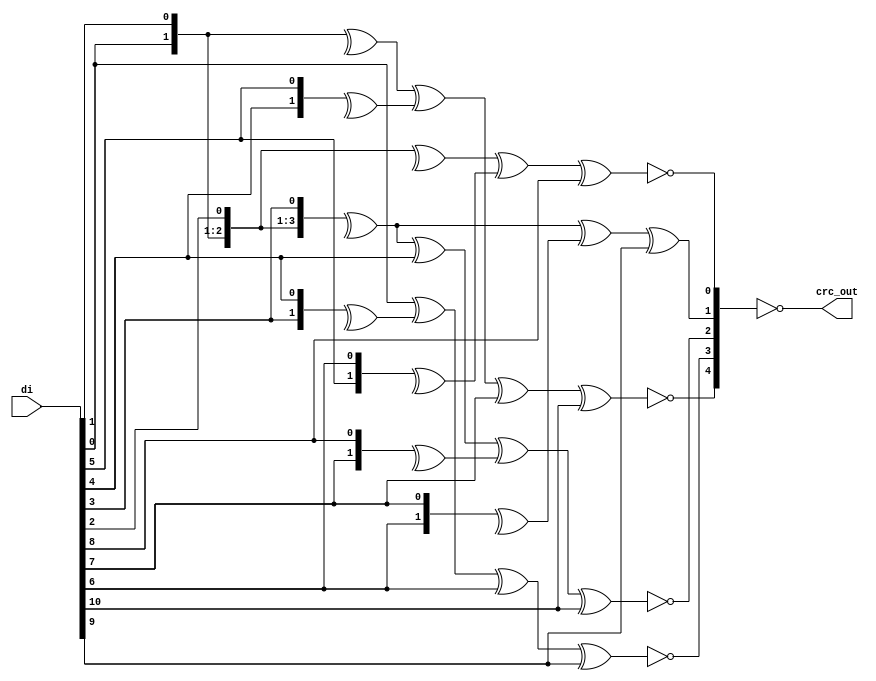

//
// usb 3.0 crc assortment
//
// Copyright (C) 2009 OutputLogic.com
// Reformatting / adaptation by Marshall H., 2013
// This source file may be used and distributed without restriction
// provided that this copyright statement is not removed from the file
// and that any derivative work contains the original copyright notice
// and the associated disclaimer.
//
// THIS SOURCE FILE IS PROVIDED "AS IS" AND WITHOUT ANY EXPRESS
// OR IMPLIED WARRANTIES, INCLUDING, WITHOUT LIMITATION, THE IMPLIED
// WARRANTIES OF MERCHANTIBILITY AND FITNESS FOR A PARTICULAR PURPOSE.
// 


//
// CRC-5 for Command Words, Link Control Word
//
module usb3_crc_cw(

input 	wire	[10:0] 	di,
output 	wire	[4:0] 	crc_out

);

// reverse input
wire	[10:0]	d = { 	di[0], di[1], di[2], di[3], di[4], 
						di[5], di[6], di[7], di[8], di[9], 
						di[10] };
wire	[4:0]	c = 5'h1F;						
wire	[4:0]	q = {	^d[10:9] ^ ^d[6:5] ^ d[3] ^ d[0] ^ c[0] ^ ^c[4:3],
						d[10] ^ ^d[7:6] ^ d[4] ^ d[1] ^ ^c[1:0] ^ c[4],
						^d[10:7] ^ d[6] ^ ^d[3:2] ^ d[0] ^ ^c[4:0],
						^d[10:7] ^^ d[4:3] ^ d[1] ^ ^c[4:1],
						^d[10:8] ^ ^d[5:4] ^ d[2] ^ ^c[4:2]	};
assign	crc_out = ~q;
	
endmodule



//
// CRC-16 for Header Packets
//
module usb3_crc_hp(

input	wire	[31:0] 	di,
input	wire			crc_en,
output	wire	[15:0] 	crc_out,
input	wire			rst,
input	wire			clk

);

reg [15:0]	q;
wire [15:0]	c;
wire [31:0] d = {	di[0 ],di[1 ],di[2 ],di[3 ],di[4 ],di[5 ],di[6 ],di[7],
					di[8 ],di[9 ],di[10],di[11],di[12],di[13],di[14],di[15],
					di[16],di[17],di[18],di[19],di[20],di[21],di[22],di[23],
					di[24],di[25],di[26],di[27],di[28],di[29],di[30],di[31]};
assign crc_out = ~{	q[0], q[1], q[2], q[3], q[4], q[5], q[6], q[7], 
					q[8], q[9], q[10],q[11],q[12],q[13],q[14],q[15]};

assign	c[0] = q[4] ^ q[5] ^ q[7] ^ q[10] ^ q[12] ^ q[13] ^ q[15] ^ d[0] ^ d[4] ^ d[8] ^ d[12] ^ d[13] ^ d[15] ^ d[20] ^ d[21] ^ d[23] ^ d[26] ^ d[28] ^ d[29] ^ d[31];
assign	c[1] = q[0] ^ q[4] ^ q[6] ^ q[7] ^ q[8] ^ q[10] ^ q[11] ^ q[12] ^ q[14] ^ q[15] ^ d[0] ^ d[1] ^ d[4] ^ d[5] ^ d[8] ^ d[9] ^ d[12] ^ d[14] ^ d[15] ^ d[16] ^ d[20] ^ d[22] ^ d[23] ^ d[24] ^ d[26] ^ d[27] ^ d[28] ^ d[30] ^ d[31];
assign	c[2] = q[0] ^ q[1] ^ q[5] ^ q[7] ^ q[8] ^ q[9] ^ q[11] ^ q[12] ^ q[13] ^ q[15] ^ d[1] ^ d[2] ^ d[5] ^ d[6] ^ d[9] ^ d[10] ^ d[13] ^ d[15] ^ d[16] ^ d[17] ^ d[21] ^ d[23] ^ d[24] ^ d[25] ^ d[27] ^ d[28] ^ d[29] ^ d[31];
assign	c[3] = q[0] ^ q[1] ^ q[2] ^ q[4] ^ q[5] ^ q[6] ^ q[7] ^ q[8] ^ q[9] ^ q[14] ^ q[15] ^ d[0] ^ d[2] ^ d[3] ^ d[4] ^ d[6] ^ d[7] ^ d[8] ^ d[10] ^ d[11] ^ d[12] ^ d[13] ^ d[14] ^ d[15] ^ d[16] ^ d[17] ^ d[18] ^ d[20] ^ d[21] ^ d[22] ^ d[23] ^ d[24] ^ d[25] ^ d[30] ^ d[31];
assign	c[4] = q[0] ^ q[1] ^ q[2] ^ q[3] ^ q[5] ^ q[6] ^ q[7] ^ q[8] ^ q[9] ^ q[10] ^ q[15] ^ d[1] ^ d[3] ^ d[4] ^ d[5] ^ d[7] ^ d[8] ^ d[9] ^ d[11] ^ d[12] ^ d[13] ^ d[14] ^ d[15] ^ d[16] ^ d[17] ^ d[18] ^ d[19] ^ d[21] ^ d[22] ^ d[23] ^ d[24] ^ d[25] ^ d[26] ^ d[31];
assign	c[5] = q[0] ^ q[1] ^ q[2] ^ q[3] ^ q[4] ^ q[6] ^ q[7] ^ q[8] ^ q[9] ^ q[10] ^ q[11] ^ d[2] ^ d[4] ^ d[5] ^ d[6] ^ d[8] ^ d[9] ^ d[10] ^ d[12] ^ d[13] ^ d[14] ^ d[15] ^ d[16] ^ d[17] ^ d[18] ^ d[19] ^ d[20] ^ d[22] ^ d[23] ^ d[24] ^ d[25] ^ d[26] ^ d[27];
assign	c[6] = q[0] ^ q[1] ^ q[2] ^ q[3] ^ q[4] ^ q[5] ^ q[7] ^ q[8] ^ q[9] ^ q[10] ^ q[11] ^ q[12] ^ d[3] ^ d[5] ^ d[6] ^ d[7] ^ d[9] ^ d[10] ^ d[11] ^ d[13] ^ d[14] ^ d[15] ^ d[16] ^ d[17] ^ d[18] ^ d[19] ^ d[20] ^ d[21] ^ d[23] ^ d[24] ^ d[25] ^ d[26] ^ d[27] ^ d[28];
assign	c[7] = q[0] ^ q[1] ^ q[2] ^ q[3] ^ q[4] ^ q[5] ^ q[6] ^ q[8] ^ q[9] ^ q[10] ^ q[11] ^ q[12] ^ q[13] ^ d[4] ^ d[6] ^ d[7] ^ d[8] ^ d[10] ^ d[11] ^ d[12] ^ d[14] ^ d[15] ^ d[16] ^ d[17] ^ d[18] ^ d[19] ^ d[20] ^ d[21] ^ d[22] ^ d[24] ^ d[25] ^ d[26] ^ d[27] ^ d[28] ^ d[29];
assign	c[8] = q[0] ^ q[1] ^ q[2] ^ q[3] ^ q[4] ^ q[5] ^ q[6] ^ q[7] ^ q[9] ^ q[10] ^ q[11] ^ q[12] ^ q[13] ^ q[14] ^ d[5] ^ d[7] ^ d[8] ^ d[9] ^ d[11] ^ d[12] ^ d[13] ^ d[15] ^ d[16] ^ d[17] ^ d[18] ^ d[19] ^ d[20] ^ d[21] ^ d[22] ^ d[23] ^ d[25] ^ d[26] ^ d[27] ^ d[28] ^ d[29] ^ d[30];
assign	c[9] = q[0] ^ q[1] ^ q[2] ^ q[3] ^ q[4] ^ q[5] ^ q[6] ^ q[7] ^ q[8] ^ q[10] ^ q[11] ^ q[12] ^ q[13] ^ q[14] ^ q[15] ^ d[6] ^ d[8] ^ d[9] ^ d[10] ^ d[12] ^ d[13] ^ d[14] ^ d[16] ^ d[17] ^ d[18] ^ d[19] ^ d[20] ^ d[21] ^ d[22] ^ d[23] ^ d[24] ^ d[26] ^ d[27] ^ d[28] ^ d[29] ^ d[30] ^ d[31];
assign	c[10] = q[1] ^ q[2] ^ q[3] ^ q[4] ^ q[5] ^ q[6] ^ q[7] ^ q[8] ^ q[9] ^ q[11] ^ q[12] ^ q[13] ^ q[14] ^ q[15] ^ d[7] ^ d[9] ^ d[10] ^ d[11] ^ d[13] ^ d[14] ^ d[15] ^ d[17] ^ d[18] ^ d[19] ^ d[20] ^ d[21] ^ d[22] ^ d[23] ^ d[24] ^ d[25] ^ d[27] ^ d[28] ^ d[29] ^ d[30] ^ d[31]; 
assign  c[11] = q[0] ^ q[2] ^ q[3] ^ q[4] ^ q[5] ^ q[6] ^ q[7] ^ q[8] ^ q[9] ^ q[10] ^ q[12] ^ q[13] ^ q[14] ^ q[15] ^ d[8] ^ d[10] ^ d[11] ^ d[12] ^ d[14] ^ d[15] ^ d[16] ^ d[18] ^ d[19] ^ d[20] ^ d[21] ^ d[22] ^ d[23] ^ d[24] ^ d[25] ^ d[26] ^ d[28] ^ d[29] ^ d[30] ^ d[31];
assign	c[12] = q[0] ^ q[1] ^ q[3] ^ q[6] ^ q[8] ^ q[9] ^ q[11] ^ q[12] ^ q[14] ^ d[0] ^ d[4] ^ d[8] ^ d[9] ^ d[11] ^ d[16] ^ d[17] ^ d[19] ^ d[22] ^ d[24] ^ d[25] ^ d[27] ^ d[28] ^ d[30];
assign	c[13] = q[1] ^ q[2] ^ q[4] ^ q[7] ^ q[9] ^ q[10] ^ q[12] ^ q[13] ^ q[15] ^ d[1] ^ d[5] ^ d[9] ^ d[10] ^ d[12] ^ d[17] ^ d[18] ^ d[20] ^ d[23] ^ d[25] ^ d[26] ^ d[28] ^ d[29] ^ d[31];
assign	c[14] = q[2] ^ q[3] ^ q[5] ^ q[8] ^ q[10] ^ q[11] ^ q[13] ^ q[14] ^ d[2] ^ d[6] ^ d[10] ^ d[11] ^ d[13] ^ d[18] ^ d[19] ^ d[21] ^ d[24] ^ d[26] ^ d[27] ^ d[29] ^ d[30];
assign	c[15] = q[3] ^ q[4] ^ q[6] ^ q[9] ^ q[11] ^ q[12] ^ q[14] ^ q[15] ^ d[3] ^ d[7] ^ d[11] ^ d[12] ^ d[14] ^ d[19] ^ d[20] ^ d[22] ^ d[25] ^ d[27] ^ d[28] ^ d[30] ^ d[31];

always @(posedge clk, posedge rst) begin
	if(rst) begin
		q <= {16{1'b1}};
	end
	else begin
		q <= crc_en ? c : q;
	end
end

endmodule



//
// CRC-32 for Data Packet Payloads
//
module usb3_crc_dpp32(

input 	wire	[31:0]	di,
output	wire	[31:0]	lfsr_q,
input 	wire			crc_en,
output	wire	[31:0]	crc_out,
input	wire			rst,
input	wire			clk

);

reg [31:0] q;

wire [31:0]	c;
wire [31:0] d = {	di[0 ],di[1 ],di[2 ],di[3 ],di[4 ],di[5 ],di[6 ],di[7],
					di[8 ],di[9 ],di[10],di[11],di[12],di[13],di[14],di[15],
					di[16],di[17],di[18],di[19],di[20],di[21],di[22],di[23],
					di[24],di[25],di[26],di[27],di[28],di[29],di[30],di[31]};
						
assign lfsr_q = q;
assign crc_out = ~{	q[0],  q[1],  q[2],  q[3],  q[4],  q[5],  q[6],  q[7], 
					q[8],  q[9],  q[10], q[11], q[12], q[13], q[14], q[15],
					q[16], q[17], q[18], q[19], q[20], q[21], q[22], q[23], 
					q[24], q[25], q[26], q[27], q[28], q[29], q[30], q[31]};

assign	c[0] = q[0] ^ q[6] ^ q[9] ^ q[10] ^ q[12] ^ q[16] ^ q[24] ^ q[25] ^ q[26] ^ q[28] ^ q[29] ^ q[30] ^ q[31] ^ d[0] ^ d[6] ^ d[9] ^ d[10] ^ d[12] ^ d[16] ^ d[24] ^ d[25] ^ d[26] ^ d[28] ^ d[29] ^ d[30] ^ d[31];
assign	c[1] = q[0] ^ q[1] ^ q[6] ^ q[7] ^ q[9] ^ q[11] ^ q[12] ^ q[13] ^ q[16] ^ q[17] ^ q[24] ^ q[27] ^ q[28] ^ d[0] ^ d[1] ^ d[6] ^ d[7] ^ d[9] ^ d[11] ^ d[12] ^ d[13] ^ d[16] ^ d[17] ^ d[24] ^ d[27] ^ d[28];
assign	c[2] = q[0] ^ q[1] ^ q[2] ^ q[6] ^ q[7] ^ q[8] ^ q[9] ^ q[13] ^ q[14] ^ q[16] ^ q[17] ^ q[18] ^ q[24] ^ q[26] ^ q[30] ^ q[31] ^ d[0] ^ d[1] ^ d[2] ^ d[6] ^ d[7] ^ d[8] ^ d[9] ^ d[13] ^ d[14] ^ d[16] ^ d[17] ^ d[18] ^ d[24] ^ d[26] ^ d[30] ^ d[31];
assign	c[3] = q[1] ^ q[2] ^ q[3] ^ q[7] ^ q[8] ^ q[9] ^ q[10] ^ q[14] ^ q[15] ^ q[17] ^ q[18] ^ q[19] ^ q[25] ^ q[27] ^ q[31] ^ d[1] ^ d[2] ^ d[3] ^ d[7] ^ d[8] ^ d[9] ^ d[10] ^ d[14] ^ d[15] ^ d[17] ^ d[18] ^ d[19] ^ d[25] ^ d[27] ^ d[31];
assign	c[4] = q[0] ^ q[2] ^ q[3] ^ q[4] ^ q[6] ^ q[8] ^ q[11] ^ q[12] ^ q[15] ^ q[18] ^ q[19] ^ q[20] ^ q[24] ^ q[25] ^ q[29] ^ q[30] ^ q[31] ^ d[0] ^ d[2] ^ d[3] ^ d[4] ^ d[6] ^ d[8] ^ d[11] ^ d[12] ^ d[15] ^ d[18] ^ d[19] ^ d[20] ^ d[24] ^ d[25] ^ d[29] ^ d[30] ^ d[31];
assign	c[5] = q[0] ^ q[1] ^ q[3] ^ q[4] ^ q[5] ^ q[6] ^ q[7] ^ q[10] ^ q[13] ^ q[19] ^ q[20] ^ q[21] ^ q[24] ^ q[28] ^ q[29] ^ d[0] ^ d[1] ^ d[3] ^ d[4] ^ d[5] ^ d[6] ^ d[7] ^ d[10] ^ d[13] ^ d[19] ^ d[20] ^ d[21] ^ d[24] ^ d[28] ^ d[29];
assign	c[6] = q[1] ^ q[2] ^ q[4] ^ q[5] ^ q[6] ^ q[7] ^ q[8] ^ q[11] ^ q[14] ^ q[20] ^ q[21] ^ q[22] ^ q[25] ^ q[29] ^ q[30] ^ d[1] ^ d[2] ^ d[4] ^ d[5] ^ d[6] ^ d[7] ^ d[8] ^ d[11] ^ d[14] ^ d[20] ^ d[21] ^ d[22] ^ d[25] ^ d[29] ^ d[30];
assign	c[7] = q[0] ^ q[2] ^ q[3] ^ q[5] ^ q[7] ^ q[8] ^ q[10] ^ q[15] ^ q[16] ^ q[21] ^ q[22] ^ q[23] ^ q[24] ^ q[25] ^ q[28] ^ q[29] ^ d[0] ^ d[2] ^ d[3] ^ d[5] ^ d[7] ^ d[8] ^ d[10] ^ d[15] ^ d[16] ^ d[21] ^ d[22] ^ d[23] ^ d[24] ^ d[25] ^ d[28] ^ d[29];
assign	c[8] = q[0] ^ q[1] ^ q[3] ^ q[4] ^ q[8] ^ q[10] ^ q[11] ^ q[12] ^ q[17] ^ q[22] ^ q[23] ^ q[28] ^ q[31] ^ d[0] ^ d[1] ^ d[3] ^ d[4] ^ d[8] ^ d[10] ^ d[11] ^ d[12] ^ d[17] ^ d[22] ^ d[23] ^ d[28] ^ d[31];
assign	c[9] = q[1] ^ q[2] ^ q[4] ^ q[5] ^ q[9] ^ q[11] ^ q[12] ^ q[13] ^ q[18] ^ q[23] ^ q[24] ^ q[29] ^ d[1] ^ d[2] ^ d[4] ^ d[5] ^ d[9] ^ d[11] ^ d[12] ^ d[13] ^ d[18] ^ d[23] ^ d[24] ^ d[29];
assign	c[10] = q[0] ^ q[2] ^ q[3] ^ q[5] ^ q[9] ^ q[13] ^ q[14] ^ q[16] ^ q[19] ^ q[26] ^ q[28] ^ q[29] ^ q[31] ^ d[0] ^ d[2] ^ d[3] ^ d[5] ^ d[9] ^ d[13] ^ d[14] ^ d[16] ^ d[19] ^ d[26] ^ d[28] ^ d[29] ^ d[31];
assign	c[11] = q[0] ^ q[1] ^ q[3] ^ q[4] ^ q[9] ^ q[12] ^ q[14] ^ q[15] ^ q[16] ^ q[17] ^ q[20] ^ q[24] ^ q[25] ^ q[26] ^ q[27] ^ q[28] ^ q[31] ^ d[0] ^ d[1] ^ d[3] ^ d[4] ^ d[9] ^ d[12] ^ d[14] ^ d[15] ^ d[16] ^ d[17] ^ d[20] ^ d[24] ^ d[25] ^ d[26] ^ d[27] ^ d[28] ^ d[31];
assign	c[12] = q[0] ^ q[1] ^ q[2] ^ q[4] ^ q[5] ^ q[6] ^ q[9] ^ q[12] ^ q[13] ^ q[15] ^ q[17] ^ q[18] ^ q[21] ^ q[24] ^ q[27] ^ q[30] ^ q[31] ^ d[0] ^ d[1] ^ d[2] ^ d[4] ^ d[5] ^ d[6] ^ d[9] ^ d[12] ^ d[13] ^ d[15] ^ d[17] ^ d[18] ^ d[21] ^ d[24] ^ d[27] ^ d[30] ^ d[31];
assign	c[13] = q[1] ^ q[2] ^ q[3] ^ q[5] ^ q[6] ^ q[7] ^ q[10] ^ q[13] ^ q[14] ^ q[16] ^ q[18] ^ q[19] ^ q[22] ^ q[25] ^ q[28] ^ q[31] ^ d[1] ^ d[2] ^ d[3] ^ d[5] ^ d[6] ^ d[7] ^ d[10] ^ d[13] ^ d[14] ^ d[16] ^ d[18] ^ d[19] ^ d[22] ^ d[25] ^ d[28] ^ d[31];
assign	c[14] = q[2] ^ q[3] ^ q[4] ^ q[6] ^ q[7] ^ q[8] ^ q[11] ^ q[14] ^ q[15] ^ q[17] ^ q[19] ^ q[20] ^ q[23] ^ q[26] ^ q[29] ^ d[2] ^ d[3] ^ d[4] ^ d[6] ^ d[7] ^ d[8] ^ d[11] ^ d[14] ^ d[15] ^ d[17] ^ d[19] ^ d[20] ^ d[23] ^ d[26] ^ d[29];
assign	c[15] = q[3] ^ q[4] ^ q[5] ^ q[7] ^ q[8] ^ q[9] ^ q[12] ^ q[15] ^ q[16] ^ q[18] ^ q[20] ^ q[21] ^ q[24] ^ q[27] ^ q[30] ^ d[3] ^ d[4] ^ d[5] ^ d[7] ^ d[8] ^ d[9] ^ d[12] ^ d[15] ^ d[16] ^ d[18] ^ d[20] ^ d[21] ^ d[24] ^ d[27] ^ d[30];
assign	c[16] = q[0] ^ q[4] ^ q[5] ^ q[8] ^ q[12] ^ q[13] ^ q[17] ^ q[19] ^ q[21] ^ q[22] ^ q[24] ^ q[26] ^ q[29] ^ q[30] ^ d[0] ^ d[4] ^ d[5] ^ d[8] ^ d[12] ^ d[13] ^ d[17] ^ d[19] ^ d[21] ^ d[22] ^ d[24] ^ d[26] ^ d[29] ^ d[30];
assign	c[17] = q[1] ^ q[5] ^ q[6] ^ q[9] ^ q[13] ^ q[14] ^ q[18] ^ q[20] ^ q[22] ^ q[23] ^ q[25] ^ q[27] ^ q[30] ^ q[31] ^ d[1] ^ d[5] ^ d[6] ^ d[9] ^ d[13] ^ d[14] ^ d[18] ^ d[20] ^ d[22] ^ d[23] ^ d[25] ^ d[27] ^ d[30] ^ d[31];
assign	c[18] = q[2] ^ q[6] ^ q[7] ^ q[10] ^ q[14] ^ q[15] ^ q[19] ^ q[21] ^ q[23] ^ q[24] ^ q[26] ^ q[28] ^ q[31] ^ d[2] ^ d[6] ^ d[7] ^ d[10] ^ d[14] ^ d[15] ^ d[19] ^ d[21] ^ d[23] ^ d[24] ^ d[26] ^ d[28] ^ d[31];
assign	c[19] = q[3] ^ q[7] ^ q[8] ^ q[11] ^ q[15] ^ q[16] ^ q[20] ^ q[22] ^ q[24] ^ q[25] ^ q[27] ^ q[29] ^ d[3] ^ d[7] ^ d[8] ^ d[11] ^ d[15] ^ d[16] ^ d[20] ^ d[22] ^ d[24] ^ d[25] ^ d[27] ^ d[29];
assign	c[20] = q[4] ^ q[8] ^ q[9] ^ q[12] ^ q[16] ^ q[17] ^ q[21] ^ q[23] ^ q[25] ^ q[26] ^ q[28] ^ q[30] ^ d[4] ^ d[8] ^ d[9] ^ d[12] ^ d[16] ^ d[17] ^ d[21] ^ d[23] ^ d[25] ^ d[26] ^ d[28] ^ d[30];
assign	c[21] = q[5] ^ q[9] ^ q[10] ^ q[13] ^ q[17] ^ q[18] ^ q[22] ^ q[24] ^ q[26] ^ q[27] ^ q[29] ^ q[31] ^ d[5] ^ d[9] ^ d[10] ^ d[13] ^ d[17] ^ d[18] ^ d[22] ^ d[24] ^ d[26] ^ d[27] ^ d[29] ^ d[31];
assign	c[22] = q[0] ^ q[9] ^ q[11] ^ q[12] ^ q[14] ^ q[16] ^ q[18] ^ q[19] ^ q[23] ^ q[24] ^ q[26] ^ q[27] ^ q[29] ^ q[31] ^ d[0] ^ d[9] ^ d[11] ^ d[12] ^ d[14] ^ d[16] ^ d[18] ^ d[19] ^ d[23] ^ d[24] ^ d[26] ^ d[27] ^ d[29] ^ d[31];
assign	c[23] = q[0] ^ q[1] ^ q[6] ^ q[9] ^ q[13] ^ q[15] ^ q[16] ^ q[17] ^ q[19] ^ q[20] ^ q[26] ^ q[27] ^ q[29] ^ q[31] ^ d[0] ^ d[1] ^ d[6] ^ d[9] ^ d[13] ^ d[15] ^ d[16] ^ d[17] ^ d[19] ^ d[20] ^ d[26] ^ d[27] ^ d[29] ^ d[31];
assign	c[24] = q[1] ^ q[2] ^ q[7] ^ q[10] ^ q[14] ^ q[16] ^ q[17] ^ q[18] ^ q[20] ^ q[21] ^ q[27] ^ q[28] ^ q[30] ^ d[1] ^ d[2] ^ d[7] ^ d[10] ^ d[14] ^ d[16] ^ d[17] ^ d[18] ^ d[20] ^ d[21] ^ d[27] ^ d[28] ^ d[30];
assign	c[25] = q[2] ^ q[3] ^ q[8] ^ q[11] ^ q[15] ^ q[17] ^ q[18] ^ q[19] ^ q[21] ^ q[22] ^ q[28] ^ q[29] ^ q[31] ^ d[2] ^ d[3] ^ d[8] ^ d[11] ^ d[15] ^ d[17] ^ d[18] ^ d[19] ^ d[21] ^ d[22] ^ d[28] ^ d[29] ^ d[31];
assign	c[26] = q[0] ^ q[3] ^ q[4] ^ q[6] ^ q[10] ^ q[18] ^ q[19] ^ q[20] ^ q[22] ^ q[23] ^ q[24] ^ q[25] ^ q[26] ^ q[28] ^ q[31] ^ d[0] ^ d[3] ^ d[4] ^ d[6] ^ d[10] ^ d[18] ^ d[19] ^ d[20] ^ d[22] ^ d[23] ^ d[24] ^ d[25] ^ d[26] ^ d[28] ^ d[31];
assign	c[27] = q[1] ^ q[4] ^ q[5] ^ q[7] ^ q[11] ^ q[19] ^ q[20] ^ q[21] ^ q[23] ^ q[24] ^ q[25] ^ q[26] ^ q[27] ^ q[29] ^ d[1] ^ d[4] ^ d[5] ^ d[7] ^ d[11] ^ d[19] ^ d[20] ^ d[21] ^ d[23] ^ d[24] ^ d[25] ^ d[26] ^ d[27] ^ d[29];
assign	c[28] = q[2] ^ q[5] ^ q[6] ^ q[8] ^ q[12] ^ q[20] ^ q[21] ^ q[22] ^ q[24] ^ q[25] ^ q[26] ^ q[27] ^ q[28] ^ q[30] ^ d[2] ^ d[5] ^ d[6] ^ d[8] ^ d[12] ^ d[20] ^ d[21] ^ d[22] ^ d[24] ^ d[25] ^ d[26] ^ d[27] ^ d[28] ^ d[30];
assign	c[29] = q[3] ^ q[6] ^ q[7] ^ q[9] ^ q[13] ^ q[21] ^ q[22] ^ q[23] ^ q[25] ^ q[26] ^ q[27] ^ q[28] ^ q[29] ^ q[31] ^ d[3] ^ d[6] ^ d[7] ^ d[9] ^ d[13] ^ d[21] ^ d[22] ^ d[23] ^ d[25] ^ d[26] ^ d[27] ^ d[28] ^ d[29] ^ d[31];
assign	c[30] = q[4] ^ q[7] ^ q[8] ^ q[10] ^ q[14] ^ q[22] ^ q[23] ^ q[24] ^ q[26] ^ q[27] ^ q[28] ^ q[29] ^ q[30] ^ d[4] ^ d[7] ^ d[8] ^ d[10] ^ d[14] ^ d[22] ^ d[23] ^ d[24] ^ d[26] ^ d[27] ^ d[28] ^ d[29] ^ d[30];
assign	c[31] = q[5] ^ q[8] ^ q[9] ^ q[11] ^ q[15] ^ q[23] ^ q[24] ^ q[25] ^ q[27] ^ q[28] ^ q[29] ^ q[30] ^ q[31] ^ d[5] ^ d[8] ^ d[9] ^ d[11] ^ d[15] ^ d[23] ^ d[24] ^ d[25] ^ d[27] ^ d[28] ^ d[29] ^ d[30] ^ d[31];

always @(posedge clk, posedge rst) begin
	if(rst) begin
		q <= {32{1'b1}};
	end
	else begin
		q <= crc_en ? c : q;
	end
end

endmodule



module usb3_crc_dpp24 (

input 	wire	[23:0]	di,
input	wire	[31:0]	q,
output	wire	[31:0]	crc_out,
input	wire			rst,
input	wire			clk

);

wire [31:0]	c;
wire [23:0] d = {	di[0 ],di[1 ],di[2 ],di[3 ],di[4 ],di[5 ],di[6 ],di[7],
					di[8 ],di[9 ],di[10],di[11],di[12],di[13],di[14],di[15],
					di[16],di[17],di[18],di[19],di[20],di[21],di[22],di[23]};

assign crc_out = ~{	c[0],  c[1],  c[2],  c[3],  c[4],  c[5],  c[6],  c[7], 
					c[8],  c[9],  c[10], c[11], c[12], c[13], c[14], c[15],
					c[16], c[17], c[18], c[19], c[20], c[21], c[22], c[23], 
					c[24], c[25], c[26], c[27], c[28], c[29], c[30], c[31]};

assign	c[0] = q[8] ^ q[14] ^ q[17] ^ q[18] ^ q[20] ^ q[24] ^ d[0] ^ d[6] ^ d[9] ^ d[10] ^ d[12] ^ d[16];
assign	c[1] = q[8] ^ q[9] ^ q[14] ^ q[15] ^ q[17] ^ q[19] ^ q[20] ^ q[21] ^ q[24] ^ q[25] ^ d[0] ^ d[1] ^ d[6] ^ d[7] ^ d[9] ^ d[11] ^ d[12] ^ d[13] ^ d[16] ^ d[17];
assign	c[2] = q[8] ^ q[9] ^ q[10] ^ q[14] ^ q[15] ^ q[16] ^ q[17] ^ q[21] ^ q[22] ^ q[24] ^ q[25] ^ q[26] ^ d[0] ^ d[1] ^ d[2] ^ d[6] ^ d[7] ^ d[8] ^ d[9] ^ d[13] ^ d[14] ^ d[16] ^ d[17] ^ d[18];
assign	c[3] = q[9] ^ q[10] ^ q[11] ^ q[15] ^ q[16] ^ q[17] ^ q[18] ^ q[22] ^ q[23] ^ q[25] ^ q[26] ^ q[27] ^ d[1] ^ d[2] ^ d[3] ^ d[7] ^ d[8] ^ d[9] ^ d[10] ^ d[14] ^ d[15] ^ d[17] ^ d[18] ^ d[19];
assign	c[4] = q[8] ^ q[10] ^ q[11] ^ q[12] ^ q[14] ^ q[16] ^ q[19] ^ q[20] ^ q[23] ^ q[26] ^ q[27] ^ q[28] ^ d[0] ^ d[2] ^ d[3] ^ d[4] ^ d[6] ^ d[8] ^ d[11] ^ d[12] ^ d[15] ^ d[18] ^ d[19] ^ d[20];
assign	c[5] = q[8] ^ q[9] ^ q[11] ^ q[12] ^ q[13] ^ q[14] ^ q[15] ^ q[18] ^ q[21] ^ q[27] ^ q[28] ^ q[29] ^ d[0] ^ d[1] ^ d[3] ^ d[4] ^ d[5] ^ d[6] ^ d[7] ^ d[10] ^ d[13] ^ d[19] ^ d[20] ^ d[21];
assign	c[6] = q[9] ^ q[10] ^ q[12] ^ q[13] ^ q[14] ^ q[15] ^ q[16] ^ q[19] ^ q[22] ^ q[28] ^ q[29] ^ q[30] ^ d[1] ^ d[2] ^ d[4] ^ d[5] ^ d[6] ^ d[7] ^ d[8] ^ d[11] ^ d[14] ^ d[20] ^ d[21] ^ d[22];
assign	c[7] = q[8] ^ q[10] ^ q[11] ^ q[13] ^ q[15] ^ q[16] ^ q[18] ^ q[23] ^ q[24] ^ q[29] ^ q[30] ^ q[31] ^ d[0] ^ d[2] ^ d[3] ^ d[5] ^ d[7] ^ d[8] ^ d[10] ^ d[15] ^ d[16] ^ d[21] ^ d[22] ^ d[23];
assign	c[8] = q[8] ^ q[9] ^ q[11] ^ q[12] ^ q[16] ^ q[18] ^ q[19] ^ q[20] ^ q[25] ^ q[30] ^ q[31] ^ d[0] ^ d[1] ^ d[3] ^ d[4] ^ d[8] ^ d[10] ^ d[11] ^ d[12] ^ d[17] ^ d[22] ^ d[23];
assign	c[9] = q[9] ^ q[10] ^ q[12] ^ q[13] ^ q[17] ^ q[19] ^ q[20] ^ q[21] ^ q[26] ^ q[31] ^ d[1] ^ d[2] ^ d[4] ^ d[5] ^ d[9] ^ d[11] ^ d[12] ^ d[13] ^ d[18] ^ d[23];
assign	c[10] = q[8] ^ q[10] ^ q[11] ^ q[13] ^ q[17] ^ q[21] ^ q[22] ^ q[24] ^ q[27] ^ d[0] ^ d[2] ^ d[3] ^ d[5] ^ d[9] ^ d[13] ^ d[14] ^ d[16] ^ d[19];
assign	c[11] = q[8] ^ q[9] ^ q[11] ^ q[12] ^ q[17] ^ q[20] ^ q[22] ^ q[23] ^ q[24] ^ q[25] ^ q[28] ^ d[0] ^ d[1] ^ d[3] ^ d[4] ^ d[9] ^ d[12] ^ d[14] ^ d[15] ^ d[16] ^ d[17] ^ d[20];
assign	c[12] = q[8] ^ q[9] ^ q[10] ^ q[12] ^ q[13] ^ q[14] ^ q[17] ^ q[20] ^ q[21] ^ q[23] ^ q[25] ^ q[26] ^ q[29] ^ d[0] ^ d[1] ^ d[2] ^ d[4] ^ d[5] ^ d[6] ^ d[9] ^ d[12] ^ d[13] ^ d[15] ^ d[17] ^ d[18] ^ d[21];
assign	c[13] = q[9] ^ q[10] ^ q[11] ^ q[13] ^ q[14] ^ q[15] ^ q[18] ^ q[21] ^ q[22] ^ q[24] ^ q[26] ^ q[27] ^ q[30] ^ d[1] ^ d[2] ^ d[3] ^ d[5] ^ d[6] ^ d[7] ^ d[10] ^ d[13] ^ d[14] ^ d[16] ^ d[18] ^ d[19] ^ d[22];
assign	c[14] = q[10] ^ q[11] ^ q[12] ^ q[14] ^ q[15] ^ q[16] ^ q[19] ^ q[22] ^ q[23] ^ q[25] ^ q[27] ^ q[28] ^ q[31] ^ d[2] ^ d[3] ^ d[4] ^ d[6] ^ d[7] ^ d[8] ^ d[11] ^ d[14] ^ d[15] ^ d[17] ^ d[19] ^ d[20] ^ d[23];
assign	c[15] = q[11] ^ q[12] ^ q[13] ^ q[15] ^ q[16] ^ q[17] ^ q[20] ^ q[23] ^ q[24] ^ q[26] ^ q[28] ^ q[29] ^ d[3] ^ d[4] ^ d[5] ^ d[7] ^ d[8] ^ d[9] ^ d[12] ^ d[15] ^ d[16] ^ d[18] ^ d[20] ^ d[21];
assign	c[16] = q[8] ^ q[12] ^ q[13] ^ q[16] ^ q[20] ^ q[21] ^ q[25] ^ q[27] ^ q[29] ^ q[30] ^ d[0] ^ d[4] ^ d[5] ^ d[8] ^ d[12] ^ d[13] ^ d[17] ^ d[19] ^ d[21] ^ d[22];
assign	c[17] = q[9] ^ q[13] ^ q[14] ^ q[17] ^ q[21] ^ q[22] ^ q[26] ^ q[28] ^ q[30] ^ q[31] ^ d[1] ^ d[5] ^ d[6] ^ d[9] ^ d[13] ^ d[14] ^ d[18] ^ d[20] ^ d[22] ^ d[23];
assign	c[18] = q[10] ^ q[14] ^ q[15] ^ q[18] ^ q[22] ^ q[23] ^ q[27] ^ q[29] ^ q[31] ^ d[2] ^ d[6] ^ d[7] ^ d[10] ^ d[14] ^ d[15] ^ d[19] ^ d[21] ^ d[23];
assign	c[19] = q[11] ^ q[15] ^ q[16] ^ q[19] ^ q[23] ^ q[24] ^ q[28] ^ q[30] ^ d[3] ^ d[7] ^ d[8] ^ d[11] ^ d[15] ^ d[16] ^ d[20] ^ d[22];
assign	c[20] = q[12] ^ q[16] ^ q[17] ^ q[20] ^ q[24] ^ q[25] ^ q[29] ^ q[31] ^ d[4] ^ d[8] ^ d[9] ^ d[12] ^ d[16] ^ d[17] ^ d[21] ^ d[23];
assign	c[21] = q[13] ^ q[17] ^ q[18] ^ q[21] ^ q[25] ^ q[26] ^ q[30] ^ d[5] ^ d[9] ^ d[10] ^ d[13] ^ d[17] ^ d[18] ^ d[22];
assign	c[22] = q[8] ^ q[17] ^ q[19] ^ q[20] ^ q[22] ^ q[24] ^ q[26] ^ q[27] ^ q[31] ^ d[0] ^ d[9] ^ d[11] ^ d[12] ^ d[14] ^ d[16] ^ d[18] ^ d[19] ^ d[23];
assign	c[23] = q[8] ^ q[9] ^ q[14] ^ q[17] ^ q[21] ^ q[23] ^ q[24] ^ q[25] ^ q[27] ^ q[28] ^ d[0] ^ d[1] ^ d[6] ^ d[9] ^ d[13] ^ d[15] ^ d[16] ^ d[17] ^ d[19] ^ d[20];
assign	c[24] = q[0] ^ q[9] ^ q[10] ^ q[15] ^ q[18] ^ q[22] ^ q[24] ^ q[25] ^ q[26] ^ q[28] ^ q[29] ^ d[1] ^ d[2] ^ d[7] ^ d[10] ^ d[14] ^ d[16] ^ d[17] ^ d[18] ^ d[20] ^ d[21];
assign	c[25] = q[1] ^ q[10] ^ q[11] ^ q[16] ^ q[19] ^ q[23] ^ q[25] ^ q[26] ^ q[27] ^ q[29] ^ q[30] ^ d[2] ^ d[3] ^ d[8] ^ d[11] ^ d[15] ^ d[17] ^ d[18] ^ d[19] ^ d[21] ^ d[22];
assign	c[26] = q[2] ^ q[8] ^ q[11] ^ q[12] ^ q[14] ^ q[18] ^ q[26] ^ q[27] ^ q[28] ^ q[30] ^ q[31] ^ d[0] ^ d[3] ^ d[4] ^ d[6] ^ d[10] ^ d[18] ^ d[19] ^ d[20] ^ d[22] ^ d[23];
assign	c[27] = q[3] ^ q[9] ^ q[12] ^ q[13] ^ q[15] ^ q[19] ^ q[27] ^ q[28] ^ q[29] ^ q[31] ^ d[1] ^ d[4] ^ d[5] ^ d[7] ^ d[11] ^ d[19] ^ d[20] ^ d[21] ^ d[23];
assign	c[28] = q[4] ^ q[10] ^ q[13] ^ q[14] ^ q[16] ^ q[20] ^ q[28] ^ q[29] ^ q[30] ^ d[2] ^ d[5] ^ d[6] ^ d[8] ^ d[12] ^ d[20] ^ d[21] ^ d[22];
assign	c[29] = q[5] ^ q[11] ^ q[14] ^ q[15] ^ q[17] ^ q[21] ^ q[29] ^ q[30] ^ q[31] ^ d[3] ^ d[6] ^ d[7] ^ d[9] ^ d[13] ^ d[21] ^ d[22] ^ d[23];
assign	c[30] = q[6] ^ q[12] ^ q[15] ^ q[16] ^ q[18] ^ q[22] ^ q[30] ^ q[31] ^ d[4] ^ d[7] ^ d[8] ^ d[10] ^ d[14] ^ d[22] ^ d[23];
assign	c[31] = q[7] ^ q[13] ^ q[16] ^ q[17] ^ q[19] ^ q[23] ^ q[31] ^ d[5] ^ d[8] ^ d[9] ^ d[11] ^ d[15] ^ d[23];

endmodule



module usb3_crc_dpp16 (

input 	wire	[15:0]	di,
input	wire	[31:0]	q,
output	wire	[31:0]	crc_out,
input	wire			rst,
input	wire			clk

);

wire [31:0]	c;
wire [15:0] d = {	di[0 ],di[1 ],di[2 ],di[3 ],di[4 ],di[5 ],di[6 ],di[7],
					di[8 ],di[9 ],di[10],di[11],di[12],di[13],di[14],di[15]};
						
assign crc_out = ~{	c[0],  c[1],  c[2],  c[3],  c[4],  c[5],  c[6],  c[7], 
					c[8],  c[9],  c[10], c[11], c[12], c[13], c[14], c[15],
					c[16], c[17], c[18], c[19], c[20], c[21], c[22], c[23], 
					c[24], c[25], c[26], c[27], c[28], c[29], c[30], c[31]};

assign	c[0] = q[16] ^ q[22] ^ q[25] ^ q[26] ^ q[28] ^ d[0] ^ d[6] ^ d[9] ^ d[10] ^ d[12];
assign	c[1] = q[16] ^ q[17] ^ q[22] ^ q[23] ^ q[25] ^ q[27] ^ q[28] ^ q[29] ^ d[0] ^ d[1] ^ d[6] ^ d[7] ^ d[9] ^ d[11] ^ d[12] ^ d[13];
assign	c[2] = q[16] ^ q[17] ^ q[18] ^ q[22] ^ q[23] ^ q[24] ^ q[25] ^ q[29] ^ q[30] ^ d[0] ^ d[1] ^ d[2] ^ d[6] ^ d[7] ^ d[8] ^ d[9] ^ d[13] ^ d[14];
assign	c[3] = q[17] ^ q[18] ^ q[19] ^ q[23] ^ q[24] ^ q[25] ^ q[26] ^ q[30] ^ q[31] ^ d[1] ^ d[2] ^ d[3] ^ d[7] ^ d[8] ^ d[9] ^ d[10] ^ d[14] ^ d[15];
assign	c[4] = q[16] ^ q[18] ^ q[19] ^ q[20] ^ q[22] ^ q[24] ^ q[27] ^ q[28] ^ q[31] ^ d[0] ^ d[2] ^ d[3] ^ d[4] ^ d[6] ^ d[8] ^ d[11] ^ d[12] ^ d[15];
assign	c[5] = q[16] ^ q[17] ^ q[19] ^ q[20] ^ q[21] ^ q[22] ^ q[23] ^ q[26] ^ q[29] ^ d[0] ^ d[1] ^ d[3] ^ d[4] ^ d[5] ^ d[6] ^ d[7] ^ d[10] ^ d[13];
assign	c[6] = q[17] ^ q[18] ^ q[20] ^ q[21] ^ q[22] ^ q[23] ^ q[24] ^ q[27] ^ q[30] ^ d[1] ^ d[2] ^ d[4] ^ d[5] ^ d[6] ^ d[7] ^ d[8] ^ d[11] ^ d[14];
assign	c[7] = q[16] ^ q[18] ^ q[19] ^ q[21] ^ q[23] ^ q[24] ^ q[26] ^ q[31] ^ d[0] ^ d[2] ^ d[3] ^ d[5] ^ d[7] ^ d[8] ^ d[10] ^ d[15];
assign	c[8] = q[16] ^ q[17] ^ q[19] ^ q[20] ^ q[24] ^ q[26] ^ q[27] ^ q[28] ^ d[0] ^ d[1] ^ d[3] ^ d[4] ^ d[8] ^ d[10] ^ d[11] ^ d[12];
assign	c[9] = q[17] ^ q[18] ^ q[20] ^ q[21] ^ q[25] ^ q[27] ^ q[28] ^ q[29] ^ d[1] ^ d[2] ^ d[4] ^ d[5] ^ d[9] ^ d[11] ^ d[12] ^ d[13];
assign	c[10] = q[16] ^ q[18] ^ q[19] ^ q[21] ^ q[25] ^ q[29] ^ q[30] ^ d[0] ^ d[2] ^ d[3] ^ d[5] ^ d[9] ^ d[13] ^ d[14];
assign	c[11] = q[16] ^ q[17] ^ q[19] ^ q[20] ^ q[25] ^ q[28] ^ q[30] ^ q[31] ^ d[0] ^ d[1] ^ d[3] ^ d[4] ^ d[9] ^ d[12] ^ d[14] ^ d[15];
assign	c[12] = q[16] ^ q[17] ^ q[18] ^ q[20] ^ q[21] ^ q[22] ^ q[25] ^ q[28] ^ q[29] ^ q[31] ^ d[0] ^ d[1] ^ d[2] ^ d[4] ^ d[5] ^ d[6] ^ d[9] ^ d[12] ^ d[13] ^ d[15];
assign	c[13] = q[17] ^ q[18] ^ q[19] ^ q[21] ^ q[22] ^ q[23] ^ q[26] ^ q[29] ^ q[30] ^ d[1] ^ d[2] ^ d[3] ^ d[5] ^ d[6] ^ d[7] ^ d[10] ^ d[13] ^ d[14];
assign	c[14] = q[18] ^ q[19] ^ q[20] ^ q[22] ^ q[23] ^ q[24] ^ q[27] ^ q[30] ^ q[31] ^ d[2] ^ d[3] ^ d[4] ^ d[6] ^ d[7] ^ d[8] ^ d[11] ^ d[14] ^ d[15];
assign	c[15] = q[19] ^ q[20] ^ q[21] ^ q[23] ^ q[24] ^ q[25] ^ q[28] ^ q[31] ^ d[3] ^ d[4] ^ d[5] ^ d[7] ^ d[8] ^ d[9] ^ d[12] ^ d[15];
assign	c[16] = q[0] ^ q[16] ^ q[20] ^ q[21] ^ q[24] ^ q[28] ^ q[29] ^ d[0] ^ d[4] ^ d[5] ^ d[8] ^ d[12] ^ d[13];
assign	c[17] = q[1] ^ q[17] ^ q[21] ^ q[22] ^ q[25] ^ q[29] ^ q[30] ^ d[1] ^ d[5] ^ d[6] ^ d[9] ^ d[13] ^ d[14];
assign	c[18] = q[2] ^ q[18] ^ q[22] ^ q[23] ^ q[26] ^ q[30] ^ q[31] ^ d[2] ^ d[6] ^ d[7] ^ d[10] ^ d[14] ^ d[15];
assign	c[19] = q[3] ^ q[19] ^ q[23] ^ q[24] ^ q[27] ^ q[31] ^ d[3] ^ d[7] ^ d[8] ^ d[11] ^ d[15];
assign	c[20] = q[4] ^ q[20] ^ q[24] ^ q[25] ^ q[28] ^ d[4] ^ d[8] ^ d[9] ^ d[12];
assign	c[21] = q[5] ^ q[21] ^ q[25] ^ q[26] ^ q[29] ^ d[5] ^ d[9] ^ d[10] ^ d[13];
assign	c[22] = q[6] ^ q[16] ^ q[25] ^ q[27] ^ q[28] ^ q[30] ^ d[0] ^ d[9] ^ d[11] ^ d[12] ^ d[14];
assign	c[23] = q[7] ^ q[16] ^ q[17] ^ q[22] ^ q[25] ^ q[29] ^ q[31] ^ d[0] ^ d[1] ^ d[6] ^ d[9] ^ d[13] ^ d[15];
assign	c[24] = q[8] ^ q[17] ^ q[18] ^ q[23] ^ q[26] ^ q[30] ^ d[1] ^ d[2] ^ d[7] ^ d[10] ^ d[14];
assign	c[25] = q[9] ^ q[18] ^ q[19] ^ q[24] ^ q[27] ^ q[31] ^ d[2] ^ d[3] ^ d[8] ^ d[11] ^ d[15];
assign	c[26] = q[10] ^ q[16] ^ q[19] ^ q[20] ^ q[22] ^ q[26] ^ d[0] ^ d[3] ^ d[4] ^ d[6] ^ d[10];
assign	c[27] = q[11] ^ q[17] ^ q[20] ^ q[21] ^ q[23] ^ q[27] ^ d[1] ^ d[4] ^ d[5] ^ d[7] ^ d[11];
assign	c[28] = q[12] ^ q[18] ^ q[21] ^ q[22] ^ q[24] ^ q[28] ^ d[2] ^ d[5] ^ d[6] ^ d[8] ^ d[12];
assign	c[29] = q[13] ^ q[19] ^ q[22] ^ q[23] ^ q[25] ^ q[29] ^ d[3] ^ d[6] ^ d[7] ^ d[9] ^ d[13];
assign	c[30] = q[14] ^ q[20] ^ q[23] ^ q[24] ^ q[26] ^ q[30] ^ d[4] ^ d[7] ^ d[8] ^ d[10] ^ d[14];
assign	c[31] = q[15] ^ q[21] ^ q[24] ^ q[25] ^ q[27] ^ q[31] ^ d[5] ^ d[8] ^ d[9] ^ d[11] ^ d[15];

endmodule


module usb3_crc_dpp8 (

input 	wire	[7:0]	di,
input	wire	[31:0]	q,
output	wire	[31:0]	crc_out,
input	wire			rst,
input	wire			clk

);

wire [31:0]	c;
wire [7:0] d = {	di[0 ],di[1 ],di[2 ],di[3 ],di[4 ],di[5 ],di[6 ],di[7]};
						
assign crc_out = ~{	c[0],  c[1],  c[2],  c[3],  c[4],  c[5],  c[6],  c[7], 
					c[8],  c[9],  c[10], c[11], c[12], c[13], c[14], c[15],
					c[16], c[17], c[18], c[19], c[20], c[21], c[22], c[23], 
					c[24], c[25], c[26], c[27], c[28], c[29], c[30], c[31]};

assign	c[0] = q[24] ^ q[30] ^ d[0] ^ d[6];
assign	c[1] = q[24] ^ q[25] ^ q[30] ^ q[31] ^ d[0] ^ d[1] ^ d[6] ^ d[7];
assign	c[2] = q[24] ^ q[25] ^ q[26] ^ q[30] ^ q[31] ^ d[0] ^ d[1] ^ d[2] ^ d[6] ^ d[7];
assign	c[3] = q[25] ^ q[26] ^ q[27] ^ q[31] ^ d[1] ^ d[2] ^ d[3] ^ d[7];
assign	c[4] = q[24] ^ q[26] ^ q[27] ^ q[28] ^ q[30] ^ d[0] ^ d[2] ^ d[3] ^ d[4] ^ d[6];
assign	c[5] = q[24] ^ q[25] ^ q[27] ^ q[28] ^ q[29] ^ q[30] ^ q[31] ^ d[0] ^ d[1] ^ d[3] ^ d[4] ^ d[5] ^ d[6] ^ d[7];
assign	c[6] = q[25] ^ q[26] ^ q[28] ^ q[29] ^ q[30] ^ q[31] ^ d[1] ^ d[2] ^ d[4] ^ d[5] ^ d[6] ^ d[7];
assign	c[7] = q[24] ^ q[26] ^ q[27] ^ q[29] ^ q[31] ^ d[0] ^ d[2] ^ d[3] ^ d[5] ^ d[7];
assign	c[8] = q[0] ^ q[24] ^ q[25] ^ q[27] ^ q[28] ^ d[0] ^ d[1] ^ d[3] ^ d[4];
assign	c[9] = q[1] ^ q[25] ^ q[26] ^ q[28] ^ q[29] ^ d[1] ^ d[2] ^ d[4] ^ d[5];
assign	c[10] = q[2] ^ q[24] ^ q[26] ^ q[27] ^ q[29] ^ d[0] ^ d[2] ^ d[3] ^ d[5];
assign	c[11] = q[3] ^ q[24] ^ q[25] ^ q[27] ^ q[28] ^ d[0] ^ d[1] ^ d[3] ^ d[4];
assign	c[12] = q[4] ^ q[24] ^ q[25] ^ q[26] ^ q[28] ^ q[29] ^ q[30] ^ d[0] ^ d[1] ^ d[2] ^ d[4] ^ d[5] ^ d[6];
assign	c[13] = q[5] ^ q[25] ^ q[26] ^ q[27] ^ q[29] ^ q[30] ^ q[31] ^ d[1] ^ d[2] ^ d[3] ^ d[5] ^ d[6] ^ d[7];
assign	c[14] = q[6] ^ q[26] ^ q[27] ^ q[28] ^ q[30] ^ q[31] ^ d[2] ^ d[3] ^ d[4] ^ d[6] ^ d[7];
assign	c[15] = q[7] ^ q[27] ^ q[28] ^ q[29] ^ q[31] ^ d[3] ^ d[4] ^ d[5] ^ d[7];
assign	c[16] = q[8] ^ q[24] ^ q[28] ^ q[29] ^ d[0] ^ d[4] ^ d[5];
assign	c[17] = q[9] ^ q[25] ^ q[29] ^ q[30] ^ d[1] ^ d[5] ^ d[6];
assign	c[18] = q[10] ^ q[26] ^ q[30] ^ q[31] ^ d[2] ^ d[6] ^ d[7];
assign	c[19] = q[11] ^ q[27] ^ q[31] ^ d[3] ^ d[7];
assign	c[20] = q[12] ^ q[28] ^ d[4];
assign	c[21] = q[13] ^ q[29] ^ d[5];
assign	c[22] = q[14] ^ q[24] ^ d[0];
assign	c[23] = q[15] ^ q[24] ^ q[25] ^ q[30] ^ d[0] ^ d[1] ^ d[6];
assign	c[24] = q[16] ^ q[25] ^ q[26] ^ q[31] ^ d[1] ^ d[2] ^ d[7];
assign	c[25] = q[17] ^ q[26] ^ q[27] ^ d[2] ^ d[3];
assign	c[26] = q[18] ^ q[24] ^ q[27] ^ q[28] ^ q[30] ^ d[0] ^ d[3] ^ d[4] ^ d[6];
assign	c[27] = q[19] ^ q[25] ^ q[28] ^ q[29] ^ q[31] ^ d[1] ^ d[4] ^ d[5] ^ d[7];
assign	c[28] = q[20] ^ q[26] ^ q[29] ^ q[30] ^ d[2] ^ d[5] ^ d[6];
assign	c[29] = q[21] ^ q[27] ^ q[30] ^ q[31] ^ d[3] ^ d[6] ^ d[7];
assign	c[30] = q[22] ^ q[28] ^ q[31] ^ d[4] ^ d[7];
assign	c[31] = q[23] ^ q[29] ^ d[5];
	
endmodule